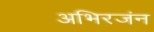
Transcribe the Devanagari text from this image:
अभिरजंन